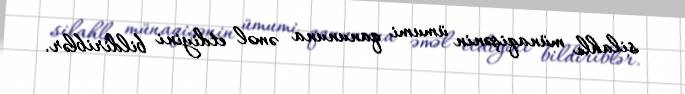
silahlı münaqişənin ümumi qanununa əməl etdiyini bildiriblər.